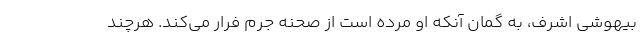
بیهوشی اشرف، به گمان آنکه او مرده است از صحنه جرم فرار می‌کند. هرچند